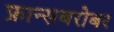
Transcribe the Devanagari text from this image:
फ्रान्सबरोबर